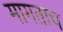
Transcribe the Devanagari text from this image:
मागताच